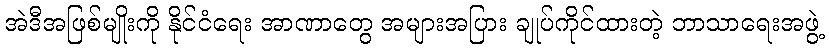
အဲဒီအဖြစ်မျိုးကို နိုင်ငံရေး အာဏာတွေ အများအပြား ချုပ်ကိုင်ထားတဲ့ ဘာသာရေးအဖွဲ့